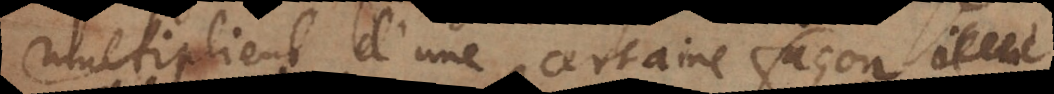
multiplient d’une certaine façon, il